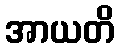
အာယတိ